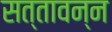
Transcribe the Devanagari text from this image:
सत्तावन्न